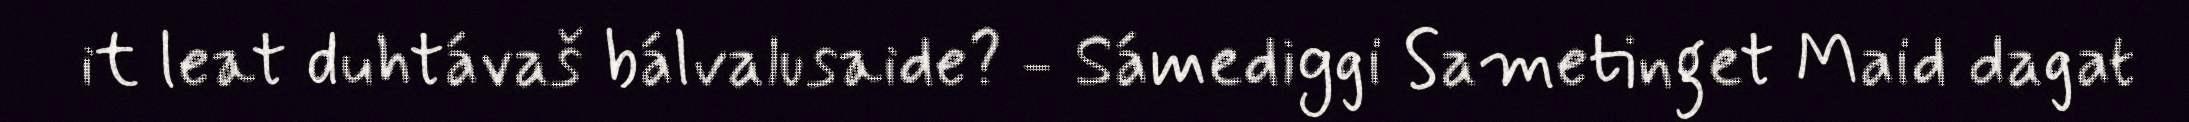
it leat duhtávaš bálvalusaide? - Sámediggi Sametinget Maid dagat